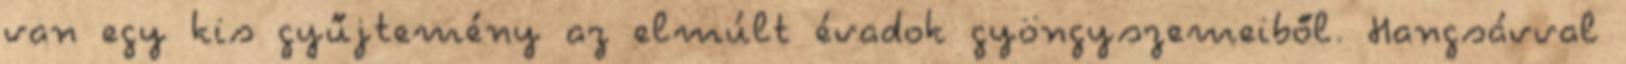
van egy kis gyűjtemény az elmúlt évadok gyöngyszemeiből. Hangsávval